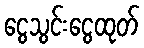
ငွေသွင်းငွေထုတ်